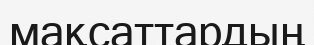
мақсаттардың